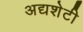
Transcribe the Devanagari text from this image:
अद्यशेटी